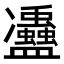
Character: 𠘦